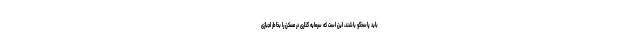
باید پاسخگو باشند، این است که سرمایه گذاری در مسکن را بخاطر لجبازی